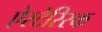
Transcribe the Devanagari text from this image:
ऐस्टेरिस्क